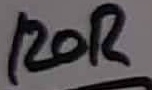
Text: 120R